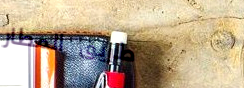
طريق المطار